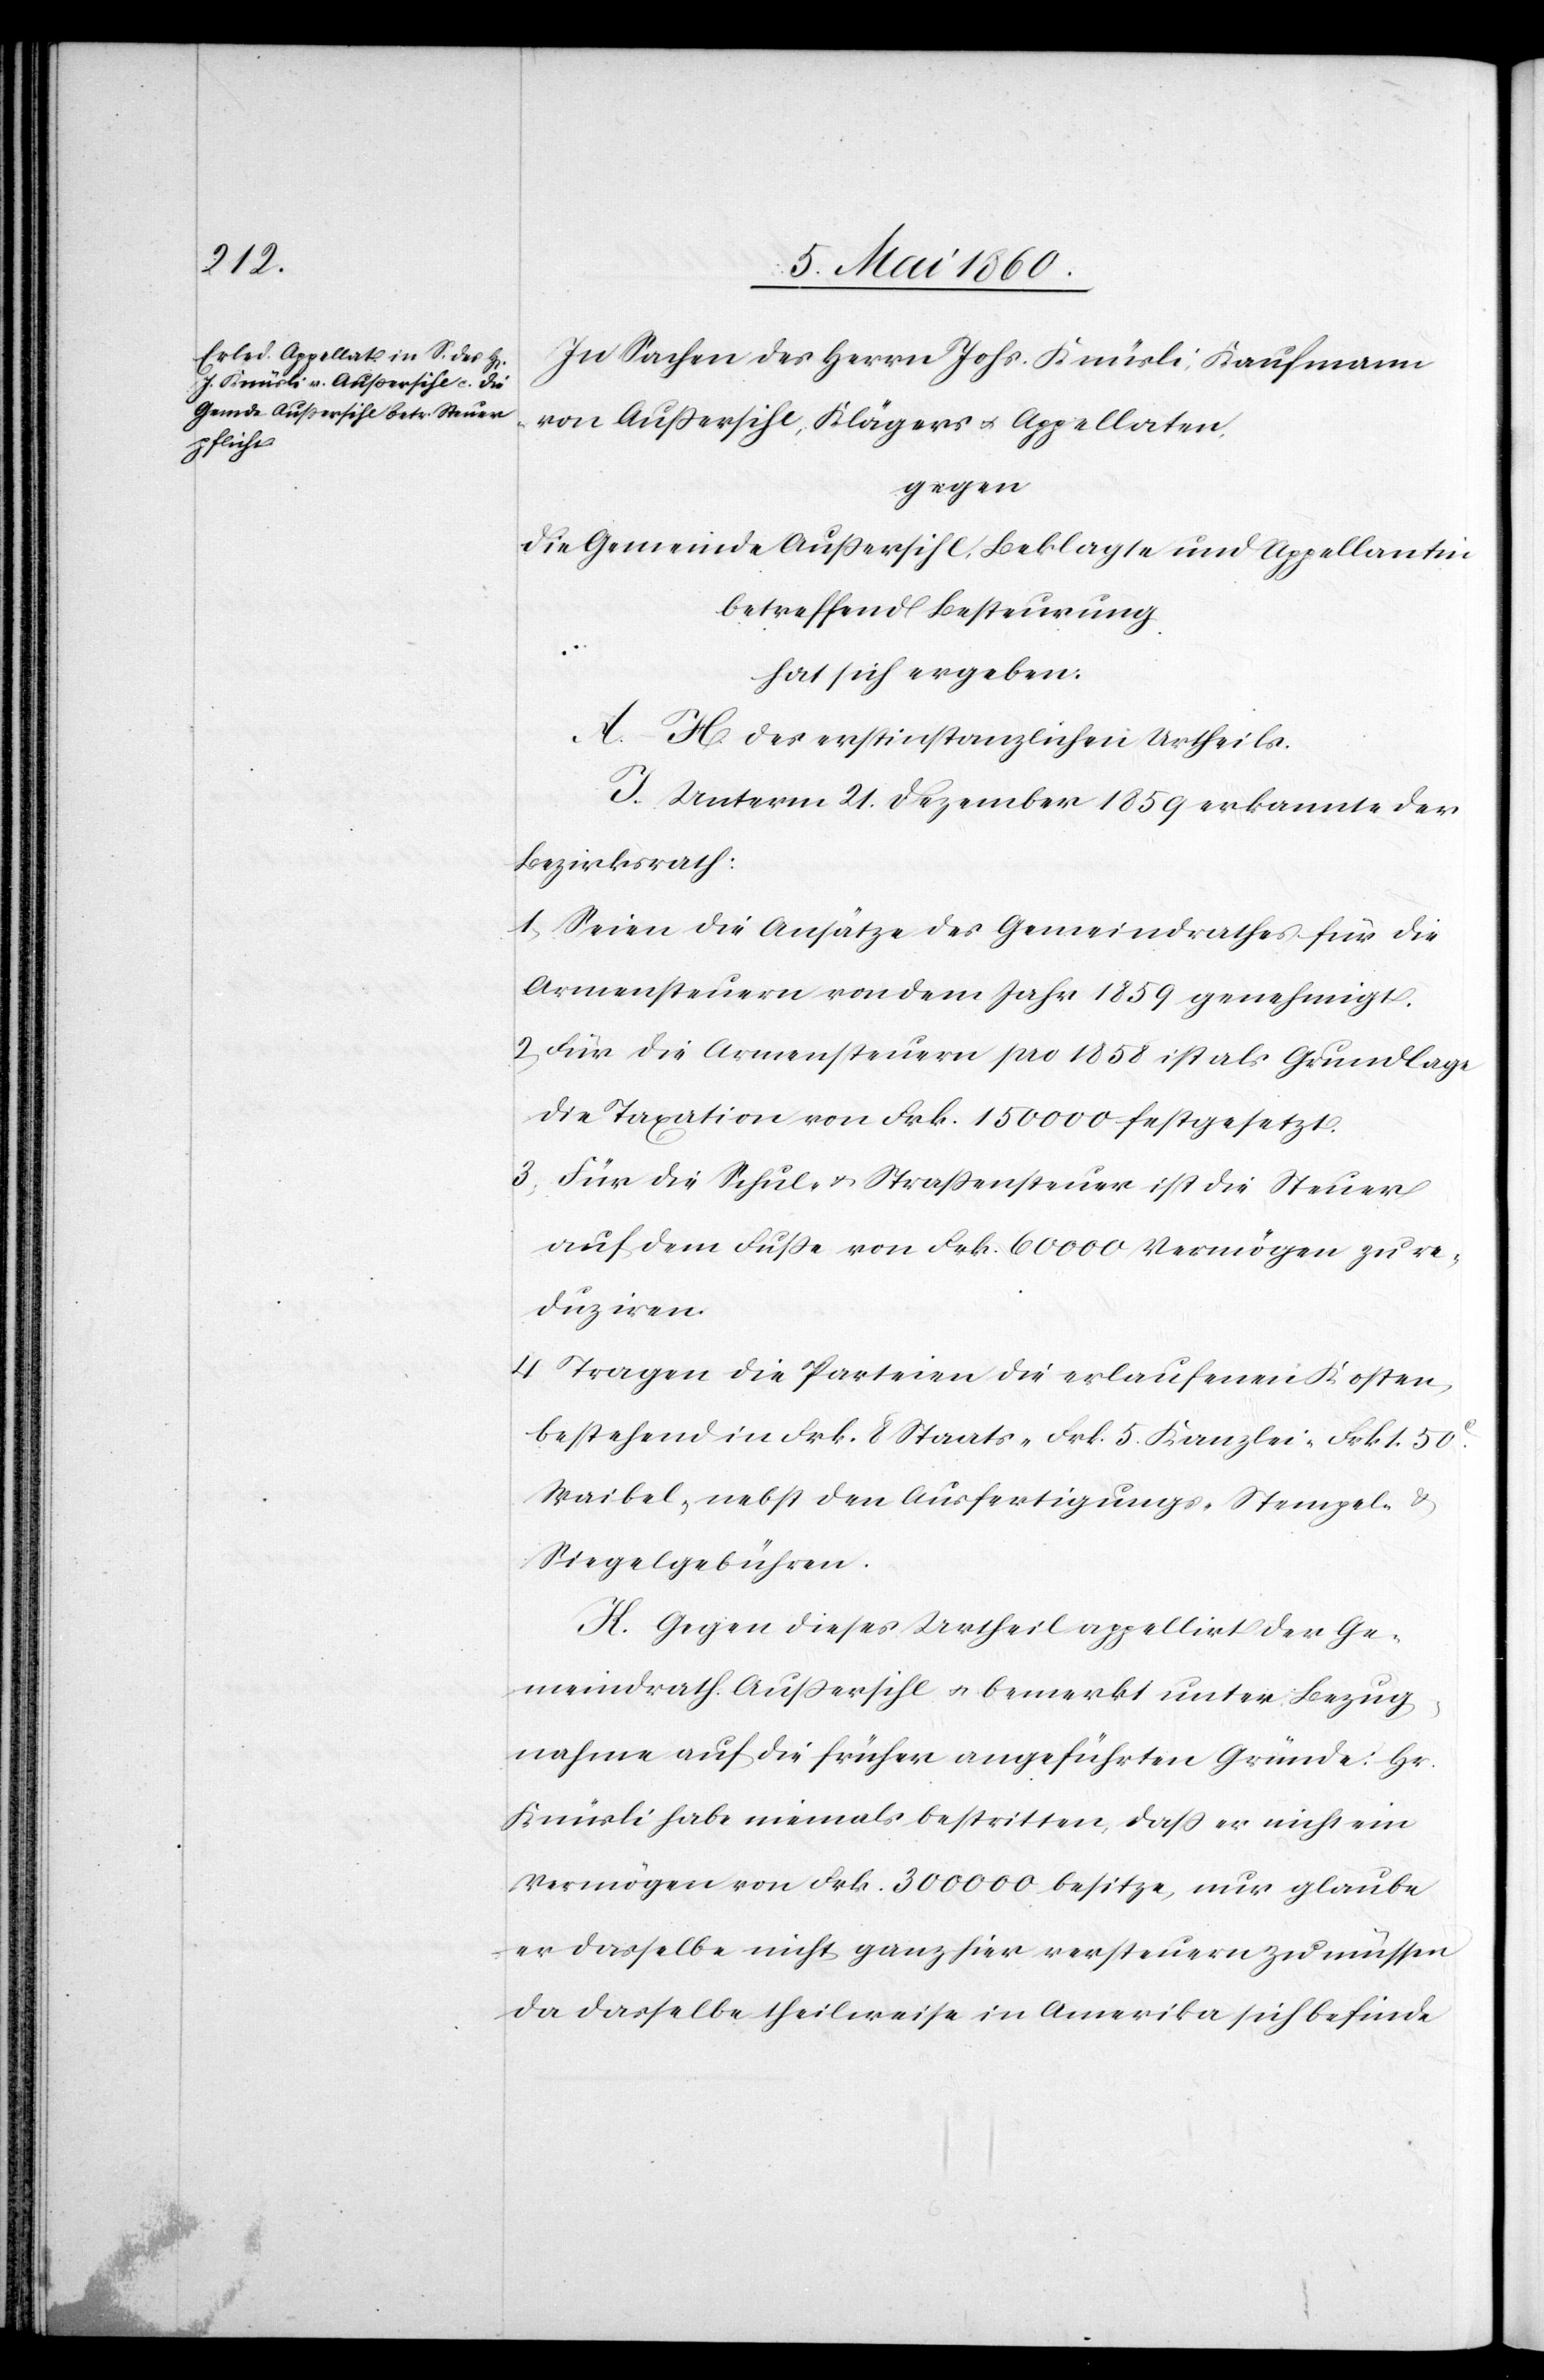
In Sachen des Herrn Johs. Knüsli, Kaufmann
von Aussersihl, Klägers u. Appellaten,
gegen
die Gemeinde Aussersihl, Beklagte und Appellantin
betreffend Besteuerung
hat sich ergeben:
A–H. des erstinstanzlichen Urtheils.
I. Unterm 21. Dezember 1859 erkannte der
Bezirksrath:
1) Seien die Ansätze des Gemeindrathes für die
Armensteuern von dem Jahr 1859 genehmigt.
2) Für die Armensteuern pro 1859 ist als Grundlage
die Taxation von Frk. 150 000 festgesetzt.
3) Für die Schul- u. Strassensteuer ist die Steuer
auf dem Fusse von Frk. 60 000 Vermögen zu re¬
duziren.
4) Tragen die Parteien die erlaufenen Kosten,
bestehend in Frk. 8 Staats- Frk. 5 Kanzlei- Frk. 1. 50C
Waibel, nebst den Ausfertigungs- Stempel- u.
Siegelgebühren.
K. Gegen dieses Urtheil appellirt der Ge¬
meindrath Aussersihl u. bemerkt unter Bezug¬
nahme auf die früher angeführten Gründe: Hr.
Knüsli habe niemals bestritten, dass er nicht ein
Vermögen von Frk. 300 000 besitze, nur glaube
er dasselbe nicht ganz hier versteuern zu müssen
da dasselbe theilweise in Amerika sich befinde.